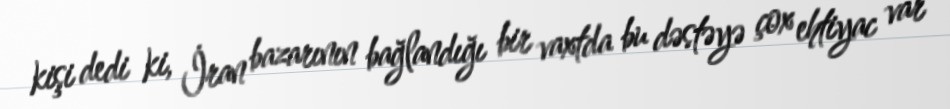
kişi dedi ki, İran bazarının bağlandığı bir vaxtda bu dəstəyə çox ehtiyac var